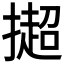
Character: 𢵒